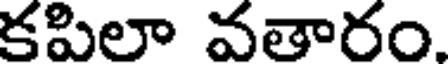
కపిలా వతారం.